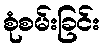
စုံစမ်းခြင်း